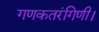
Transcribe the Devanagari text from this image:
गणकतरंगिणी।